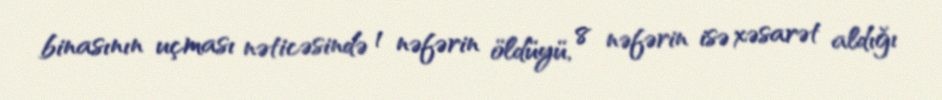
binasının uçması nəticəsində 1 nəfərin öldüyü, 8 nəfərin isə xəsarət aldığı